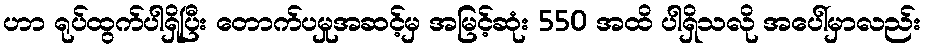
ဟာ ရုပ်ထွက်ပါရှိပြီး တောက်ပမှုအဆင့်မှ အမြင့်ဆုံး 550 အထိ ပါရှိသလို အပေါ်မှာလည်း